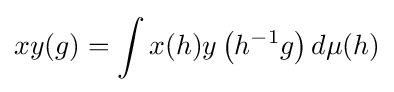
xy(g)=\int x(h)y\left(h^{-1}g\right)d\mu (h)